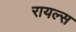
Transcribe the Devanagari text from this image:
रायल्स